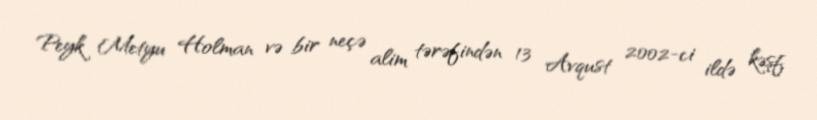
Peyk Metyu Holman və bir neçə alim tərəfindən 13 Avqust 2002-ci ildə kəşf